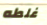
غلطه